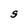
Character: S